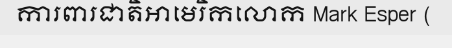
ការពារជាតិអាមេរិកលោក Mark Esper (